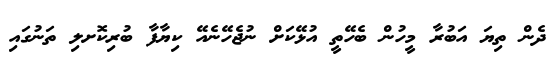
ދެން ތިޔަ އަބުރާ މީހުން ބެހޭތީ އުޅޭކަށް ނުޖެހޭނެއޭ ކިޔާފާ ބުރިކޮށލި ތަނުގައި